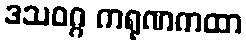
ဒသဝဂ္ဂ ကရုဏကထာ